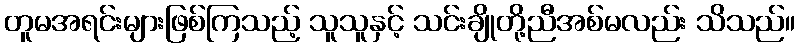
တူမအရင်းများဖြစ်ကြသည့် သူသူနှင့် သင်းချိုတို့ညီအစ်မလည်း သိသည်။